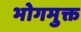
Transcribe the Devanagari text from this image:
भोगमुक्त